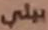
بيلي